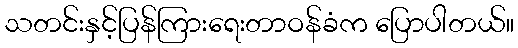
သတင်းနှင့်ပြန်ကြားရေးတာဝန်ခံက ပြောပါတယ်။